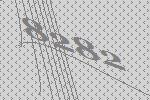
8282